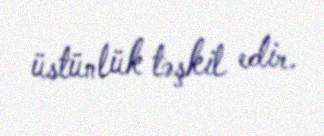
üstünlük təşkil edir.